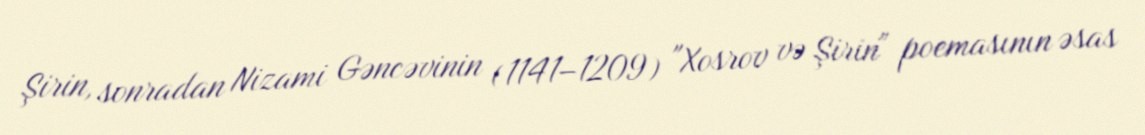
Şirin, sonradan Nizami Gəncəvinin (1141−1209) "Xosrov və Şirin" poemasının əsas